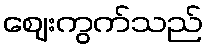
ဈေးကွက်သည်